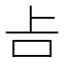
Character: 𠮳